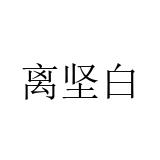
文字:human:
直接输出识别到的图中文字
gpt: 离坚白